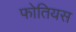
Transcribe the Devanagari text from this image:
फोतियस